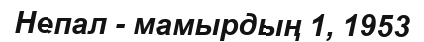
Непал - мамырдың 1, 1953